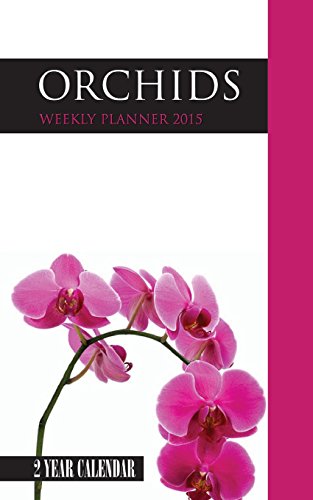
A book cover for Orchids Weekly Planner 2015: 2 Year Calendar; James Bates; Calendars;